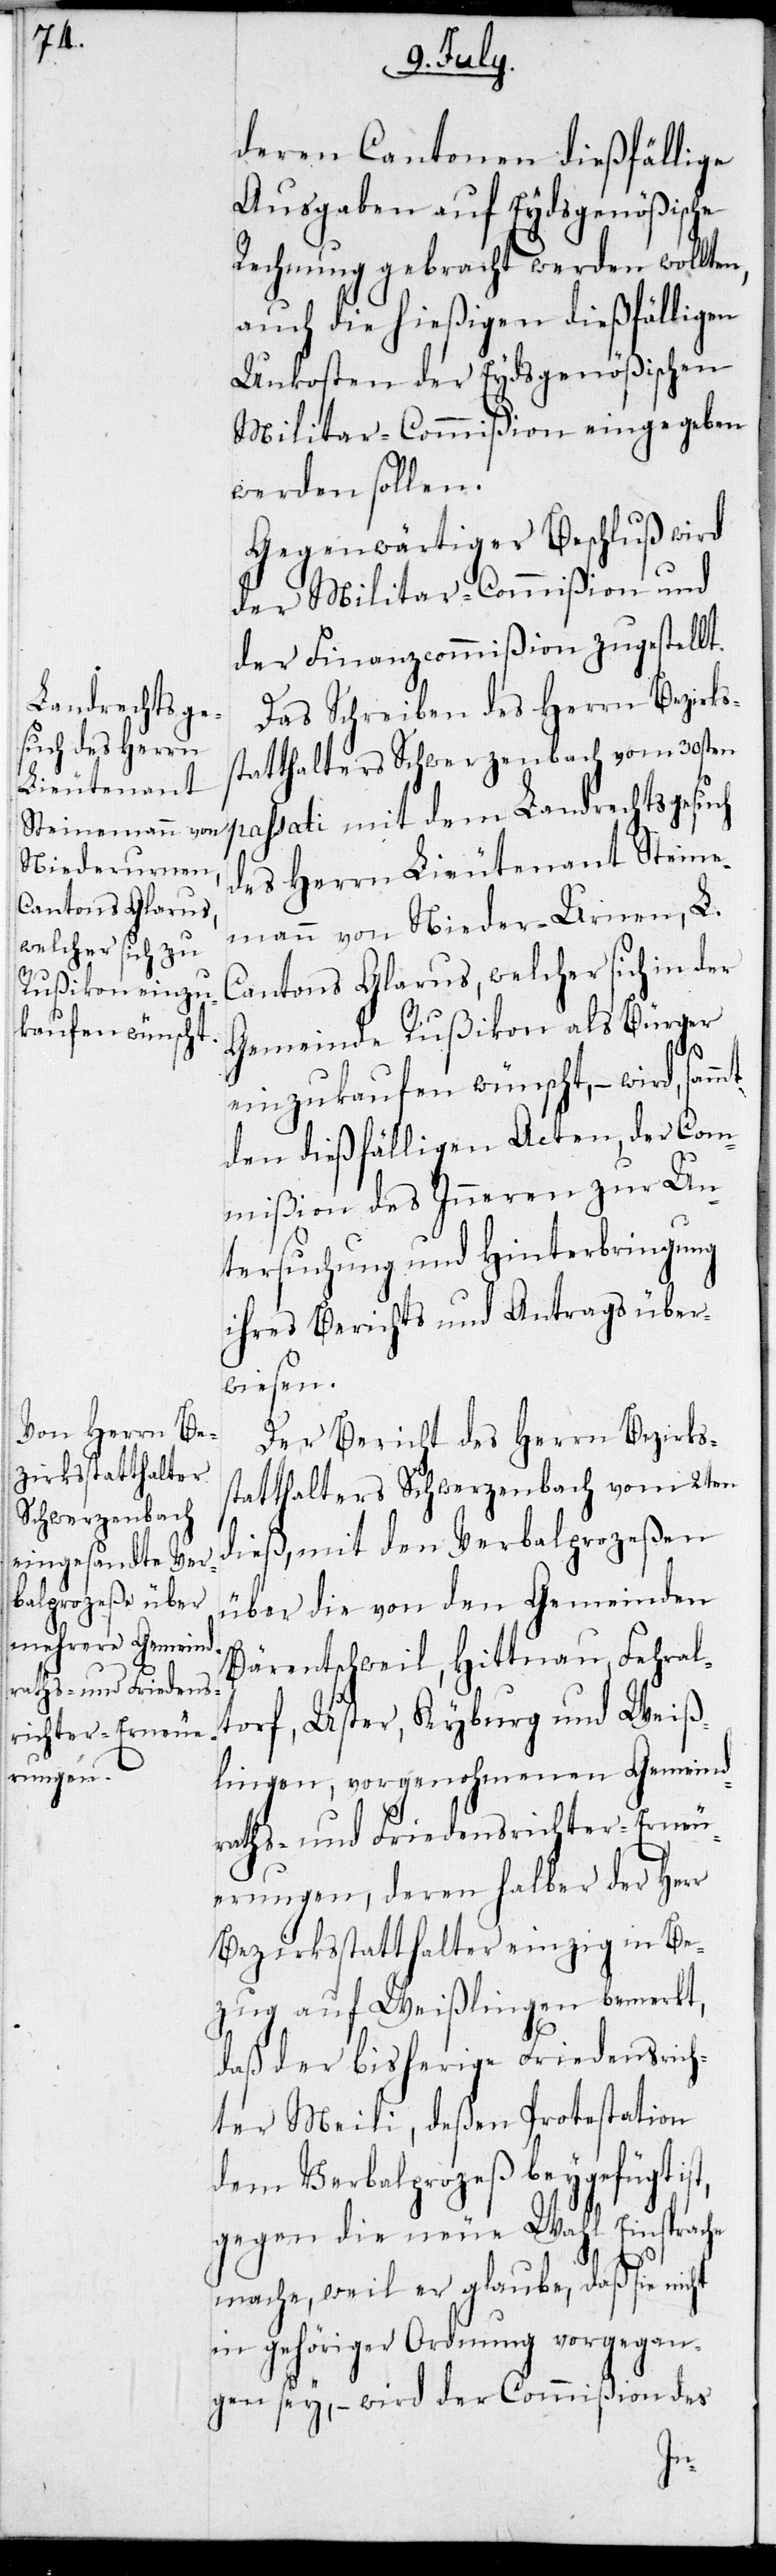
deren Cantonen dießfällige
Ausgaben auf Eydsgenößische
Rechnung gebracht werden wollten,
auch die hießigen dießfälligen
Unkosten der Eydsgenößischen
Militar-Commißion eingegeben
werden sollen.
Gegenwärtiger Beschluß wird
der Militar-Commißion und
der Finanzcommißion zugestellt.
Das Schreiben des Herrn Bezirks¬
statthalters Schwerzenbach vom 30sten
passati mit dem Landrechtsgesuch
des Herrn Lieutenant Steine¬
mann von Nieder-Urnen, L.
Cantons Glarus, welcher sich in der
Gemeinde Rußikon als Bürger
nicht
einzukaufen wünscht, – wird,
den dießfälligen Acten, der Com¬
mißion des Inneren zur Un¬
tersuchung und Hinterbringung
ihres Berichts und Antrags über¬
wiesen.
Der Bericht des Herrn Bezirks¬
statthalters Schwerzenbach vom 2ten
dieß, mit den Verbalprozeßen
über die von den Gemeinden
Bärentschweil, Hittnau, Fehral¬
torf, Uster, Kyburg und Weiß¬
lingen, vorgenohmenen Gemeind¬
raths- und Friedensrichter-Erneu¬
erungen, deren halber der Herr
Bezirksstatthalter einzig in Be¬
zug auf Weißlingen bemerkt,
daß der bisherige Friedensrich¬
ter Meili, deßen Protestation
dem Verbalprozeß beygefügt is¬
gegen die neue Wahl Einsprache
mache, weil er glaube, daß sie
in gehöriger Ordnung vorgegan¬
gen sey, – wird der Commißion des
t,